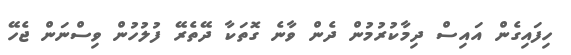
ހިފައިގެން އައިސް ދިމާކުރުމުން ދެން ވާނެ ގޮތަކާ ދޭތެރޭ ފުލުހުން ވިސްނަން ޖެހޭ